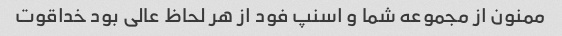
ممنون از مجموعه شما و اسنپ فود از هر لحاظ عالی بود خداقوت